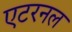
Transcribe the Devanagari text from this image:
एटरनल